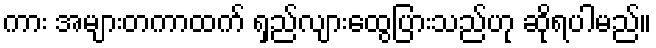
ကား အများတကာထက် ရှည်လျားထွေပြားသည်ဟု ဆိုရပါမည်။